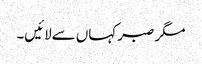
مگر صبر کہاں سےلائیں۔